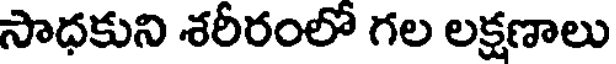
సాధకుని శరీరంలో గల లక్షణాలు